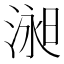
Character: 𱧞